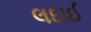
લદાઈ